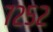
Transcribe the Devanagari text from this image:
७२५२